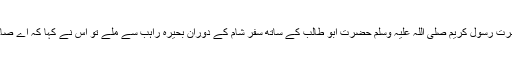
جب حضرت رسول کریم صلی اللہ علیہ وسلم حضرت ابو طالب کے ساتھ سفر شام کے دوران بحیرہ راہب سے ملے تو اس نے کہا کہ اے صاحبزادے!